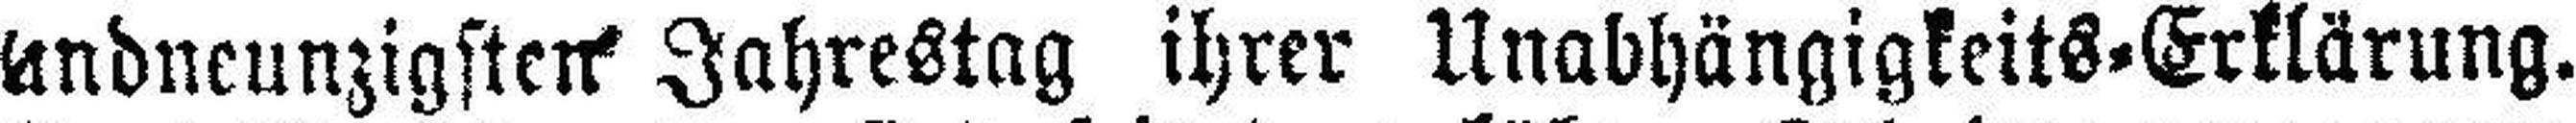
undneunzigsten Jahrestag ihrer Unabhängigkeits=Erklärung.